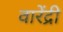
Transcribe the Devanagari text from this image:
वारेंद्री